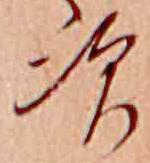
次